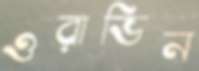
ওরাভিন